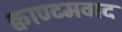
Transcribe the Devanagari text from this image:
क्वाण्टमवाद